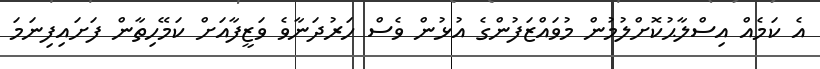
އެ ކަމެއް އިސްލާޙުކޮށްލުމުން މުވައްޒަފުންގެ އުޅުން ވެސް ހަރުދަނާވެ ވަޒީފާއަށް ކަމޭހިތާން ފަށައިފިނަމަ